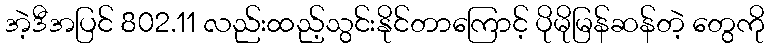
အဲ့ဒီအပြင် 802.11 လည်းထည့်သွင်းနိုင်တာကြောင့် ပိုမိုမြန်ဆန်တဲ့ တွေကို